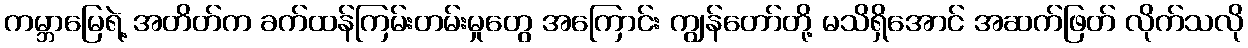
ကမ္ဘာမြေရဲ့ အတိတ်က ခက်ထန်ကြမ်းတမ်းမှုတွေ အကြောင်း ကျွန်တော်တို့ မသိရှိအောင် အဆက်ဖြတ် လိုက်သလို